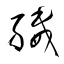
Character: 縅